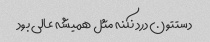
دستتون درد نکنه مثل همیشه عالی بود